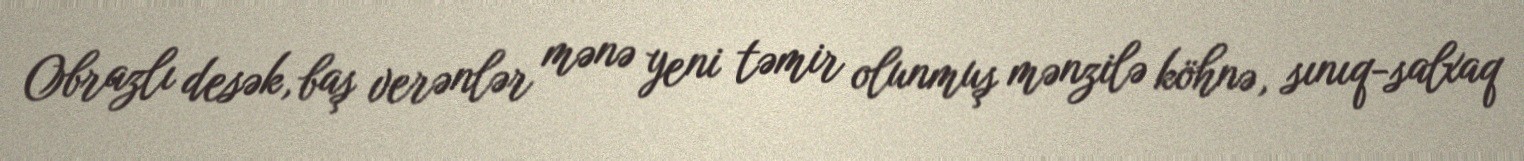
Obrazlı desək, baş verənlər mənə yeni təmir olunmuş mənzilə köhnə, sınıq-salxaq